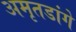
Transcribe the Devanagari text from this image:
अमृतडांगे